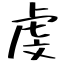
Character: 虔